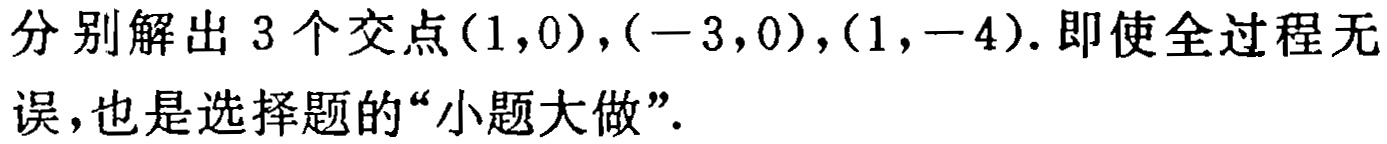
分别解出 3 个交点\((1,0),(-3,0),(1,-4)\). 即使全过程无误,也是选择题的“小题大做”.